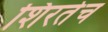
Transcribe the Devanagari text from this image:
शिरतेच